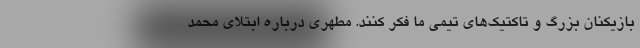
بازیکنان بزرگ و تاکتیک‌های تیمی ما فکر کنند. مطهری درباره ابتلای محمد